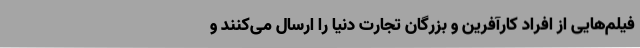
فیلم‌هایی از افراد کارآفرین و بزرگان تجارت دنیا را ارسال می‌کنند و